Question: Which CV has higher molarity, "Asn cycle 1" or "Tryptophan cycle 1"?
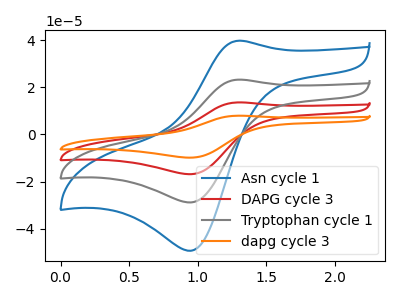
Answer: <think>The blue curve "Asn cycle 1" has an anodic peak at (1.30V, 39.75uA) and a cathodic peak at (0.95V, -49.35uA). The red curve "DAPG cycle 3" has an anodic peak at (1.30V, 46.50uA) and a cathodic peak at (0.95V, -57.70uA). The gray curve "Tryptophan cycle 1" has an anodic peak at (1.30V, 23.25uA) and a cathodic peak at (0.95V, -28.85uA). The orange curve "dapg cycle 3" has an anodic peak at (1.30V, 69.75uA) and a cathodic peak at (0.95V, -86.50uA).
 All the peaks in "Asn cycle 1" have a peak in "Tryptophan cycle 1" at the same potential. Every peak in "Asn cycle 1" is higher than every peak in "Tryptophan cycle 1".</think>
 <answer>"Asn cycle 1" has more signal than "Tryptophan cycle 1" and so likely has a higher concentration.</answer>
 <eval>more_concentration</eval>